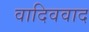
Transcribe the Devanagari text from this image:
वादिववाद